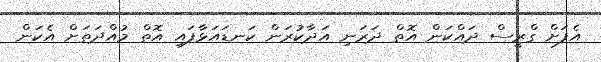
އެފަށް ގްރީސް ދައްކަން އޮތް ދަރަނި އަދާކުރަން ކަނޑައަޅާފައި އޮތް މުއްދަތަށް އެކަން